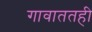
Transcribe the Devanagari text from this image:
गावाततही